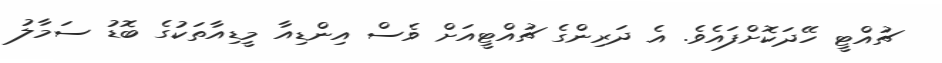
ޗުއްޓީ ހޭދަކޮށްފައެވެ. އެ ދަރިންގެ ޗުއްޓީއަށް ވެސް އިންޑިއާ މީޑިއާތަކުގެ ބޮޑު ސަމާލު